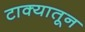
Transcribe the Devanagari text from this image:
टाक्यातून